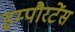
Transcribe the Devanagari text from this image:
इम्पौरटेंस